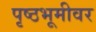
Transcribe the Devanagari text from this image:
पृष्ठभूमीवर